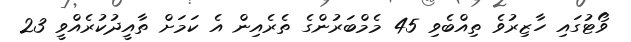
ވޯޓުގައި ހާޒިރުވެ ތިއްބެވި 45 މެމްބަރުންގެ ތެރެއިން އެ ކަމަށް ތާއީދުކުރެއްވީ 23